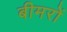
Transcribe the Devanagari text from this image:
बीमरों